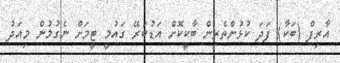
އާރިފް (ބަކާ) ފަދަ ކުޅުންތެރިން ބާކީކޮށް އަޑުބަރޭ ގައުމީ ޓީމަށް ނެގުމުން މިއަދު